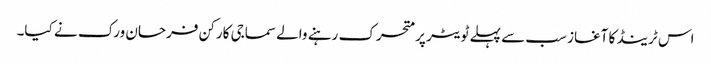
اس ٹرینڈ کا آغاز سب سے پہلے ٹویٹر پر متحرک رہنے والے سماجی کارکن فرحان ورک نے کیا۔